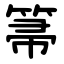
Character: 箒